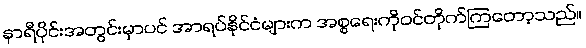
နာရီပိုင်းအတွင်းမှာပင် အာရပ်နိုင်ငံများက အစ္စရေးကိုဝင်တိုက်ကြတော့သည်။